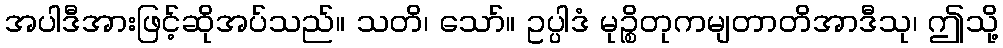
အပါဒီအားဖြင့်ဆိုအပ်သည်။ သတိ၊ သော်။ ဥပ္ပါဒံ မုဉ္စိတုကမျတာတိအာဒီသု၊ ဤသို့